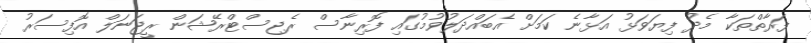
ފަރާތްތަކާ މެދު ފިޔަވަޅު އަޅާނެ ކަމަށް އެބައްދަލުވުމުގައި ފޮރިނާސް ރެޖިސްޓްރޭޝަން ރީޖަނަލް އޮފިސަރު